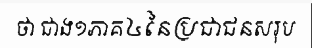
ថា ជាង១ភាគ៤នៃប្រជាជនសរុប